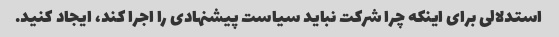
استدلالی برای اینکه چرا شرکت نباید سیاست پیشنهادی را اجرا کند، ایجاد کنید.